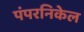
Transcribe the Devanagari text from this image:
पंपरनिकेल